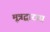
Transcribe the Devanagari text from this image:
मूत्रद्वारास